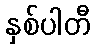
နှစ်ပါတီ